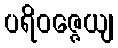
ပရိဝဇ္ဇေယျ